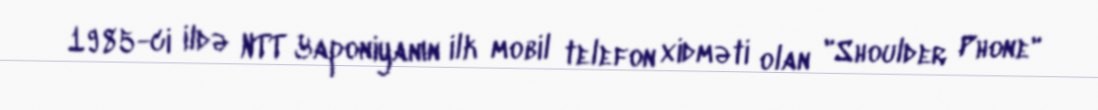
1985-ci ildə NTT Yaponiyanın ilk mobil telefon xidməti olan "Shoulder Phone"